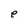
Character: e